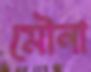
মৌনা